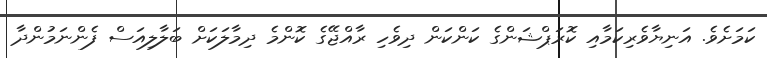
ކަމަށެވެ. އަނިޔާވެރިކަމާއި ކޮރަޕްޝަންގެ ކަންކަން ދިވެހި ރާއްޖޭގެ ކޮންމެ ދިމާލަކަށް ބަލާލިއަސް ފެންނަމުންދާ